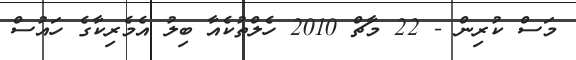
މަސް ކުރިން - 22 މާޗް 2010 ހެލްތުކެއާ ބިލު އެމެރިކާގެ ހައުސް